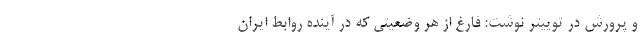
و پرورش در توییتر نوشت: فارغ از هر وضعیتی که در آینده روابط ایران